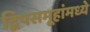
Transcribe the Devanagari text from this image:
द्विपसमूहांमध्ये